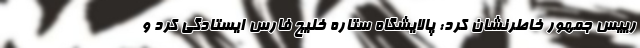
رییس جمهور خاطرنشان کرد: پالایشگاه ستاره خلیج فارس ایستادگی کرد و